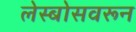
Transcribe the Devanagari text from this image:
लेस्बोसवरून